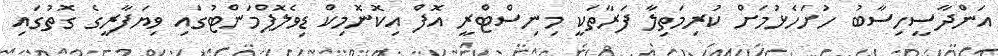
އަންދާސީހިސާބު ހުށަހެޅުމަށް ކުރިމަތިލާ ފަރާތަކީ މިނިސްޓްރީ އޮފް އިކޮނޮމިކް ޑިވެލޮޕްމަންޓުގައި ވިޔަފާރީގެ ގޮތުގައި